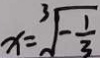
x = \sqrt [ 3 ] { - \frac { 1 } { 3 } }